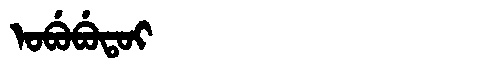
Manchu: ᠣᠪᡠᠪᡠᡨᠣᡳ
Romanization: OBUBUTOI